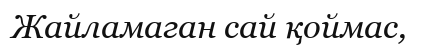
Жайламаган сай қоймас,